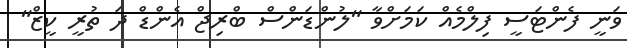
ވަނީ ފެންޓަސީ ފިލްމެއް ކަމަށްވާ "ލުންޑަންސް ބްރިޖް އެންޑް ދަ ތުރީ ކީޒް"